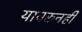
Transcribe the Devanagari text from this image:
यावरुनही